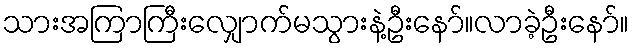
သားအကြာကြီးလျှောက်မသွားနဲ့ဦးနော်။လာခဲ့ဦးနော်။